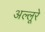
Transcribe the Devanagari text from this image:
अल्लूरे